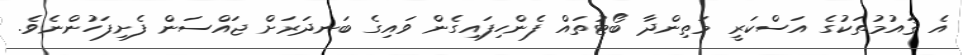
އެ ޤައުމުތަކުގެ އަސްކަރީ މަތިންދާ ބޯޓުތައް ފެންހިފައިގެން ވައިގެ ބަނދަރަށް ޖައްސަން ފެށިފަހުންނެވެ.